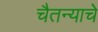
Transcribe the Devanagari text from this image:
चैतन्याचे